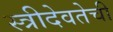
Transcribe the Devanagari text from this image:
स्त्रीदेवतेची